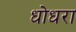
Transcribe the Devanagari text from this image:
धोधरा